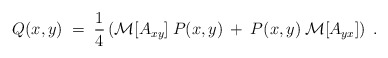
\begin{align*}Q(x,y) \;=\; \frac{1}{4} \left( {\cal{M}}[A_{xy}]\:P(x,y) \:+\:P(x,y) \:{\cal{M}}[A_{yx}] \right) \;. \end{align*}